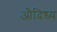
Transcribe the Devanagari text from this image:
औदिच्च्य